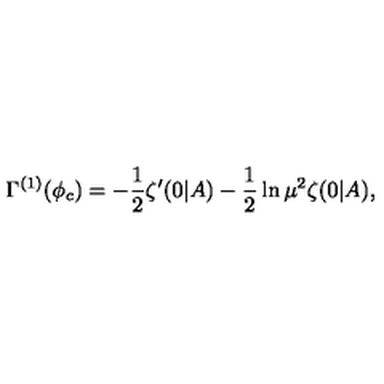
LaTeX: \Gamma ^ { ( 1 ) } ( \phi _ { c } ) = - \frac 1 2 \zeta ^ { \prime } ( 0 | A ) - \frac 1 2 \ln \mu ^ { 2 } \zeta ( 0 | A ) ,